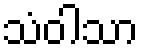
သံဝါသာ